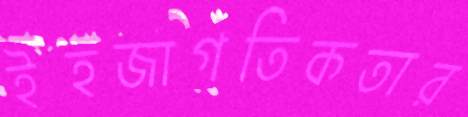
ইহজাগতিকতার